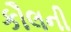
કૌલની